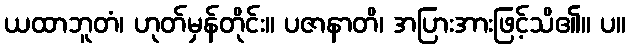
ယထာဘူတံ၊ ဟုတ်မှန်တိုင်း။ ပဇာနာတိ၊ အပြားအားဖြင့်သိ၏။ ပ။